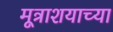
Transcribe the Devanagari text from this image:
मूत्राशयाच्या